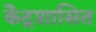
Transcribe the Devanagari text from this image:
के॓द्रशासित